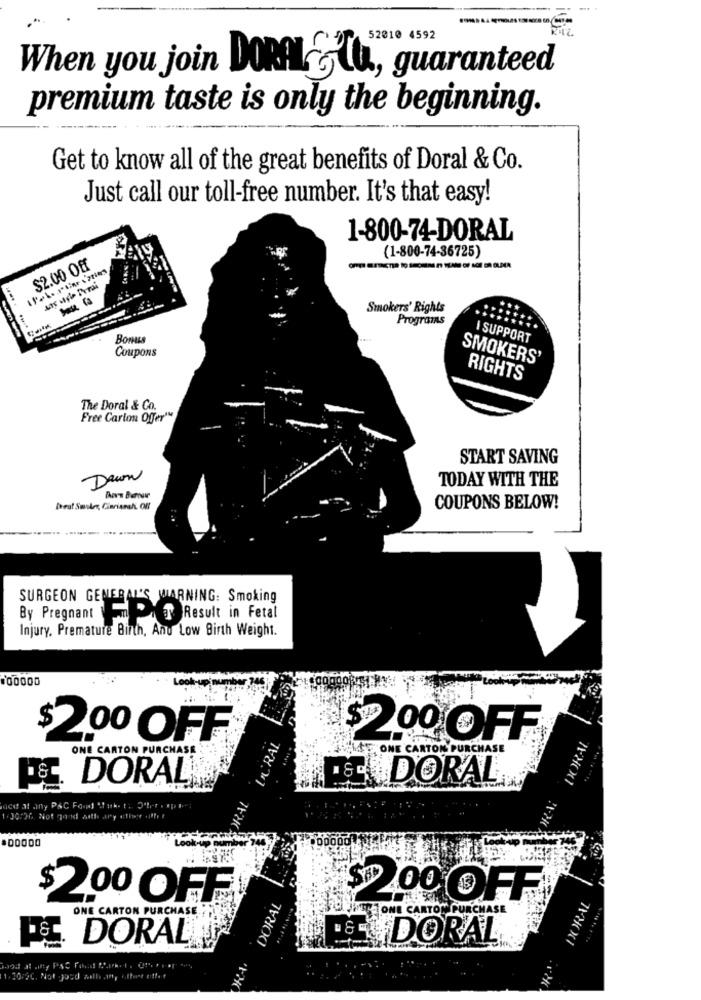
When you join DoRALEla, guaranteed
premium taste is only the beginning.
Get to know all of the great benefits of Doral & Co.
Just call our toll-free number. It's that easy!
1-800-74-DORAL
(1-800-74-36725)
$2.00 Off
Smokers' Rights
Programs
BONALS
I SUPPORT
Coupons
SMOKERS'
RIGHTS
The Doral & Co.
Free Carton Offer'"
START SAVING
Dawn
TODAY WITH THE
COUPONS BELOW!
SURGEON GENERAL'S WARNING: Smoking
By Pregnant
PTResult in Fetal
Injury. Premature Birth, And Low Birth Weight.
100000
$2.00 OFF
CORAL
$2.00 OFF
DORAL
ONE CARTON PURCHASE
ONE CARTON PURCHASE
DORAL
DORAL
$2.00 OFF
DORAL
SPD 200 OFF
ONE CARTON PURCHASE
ONE CARTON PURCHASE
DORAL
HE DORAL